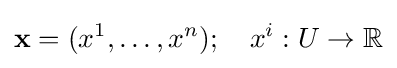
\mathbf {x} =(x^{1},\dots ,x^{n});\quad x^{i}:U\to \mathbb {R}